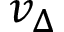
v _ { \Delta }